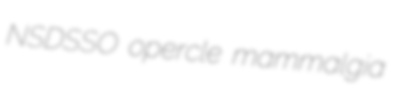
NSDSSO opercle mammalgia